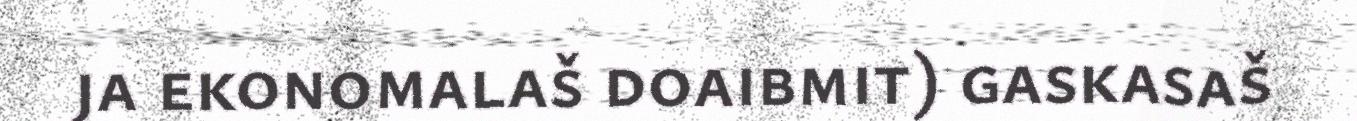
ja ekonomalaš doaibmit) gaskasaš